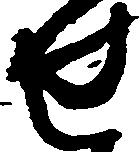
せ